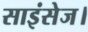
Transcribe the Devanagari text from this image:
साइंसेज।